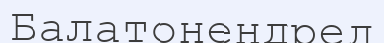
Балатонендред